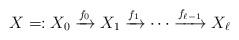
LaTeX: \begin{align*}X=:X_0 \xrightarrow{f_0} X_1 \xrightarrow{f_1} \cdots \xrightarrow{f_{\ell-1}} X_{\ell}\end{align*}